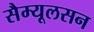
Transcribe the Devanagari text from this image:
सैम्यूलसन